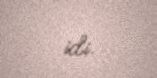
idi.